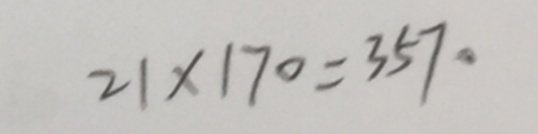
2 1 \times 1 7 0 = 3 5 7 0